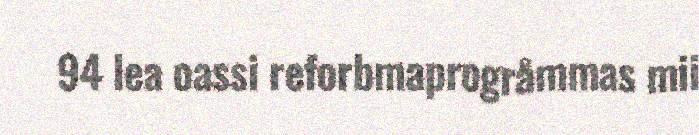
94 lea oassi reforbmaprogråmmas mii